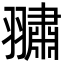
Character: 𮋕